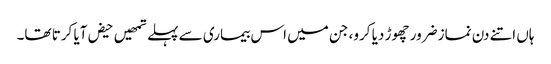
ہاں اتنے دن نماز ضرور چھوڑ دیا کرو، جن میں اس بیماری سے پہلے تمھیں حیض آیا کرتا تھا۔